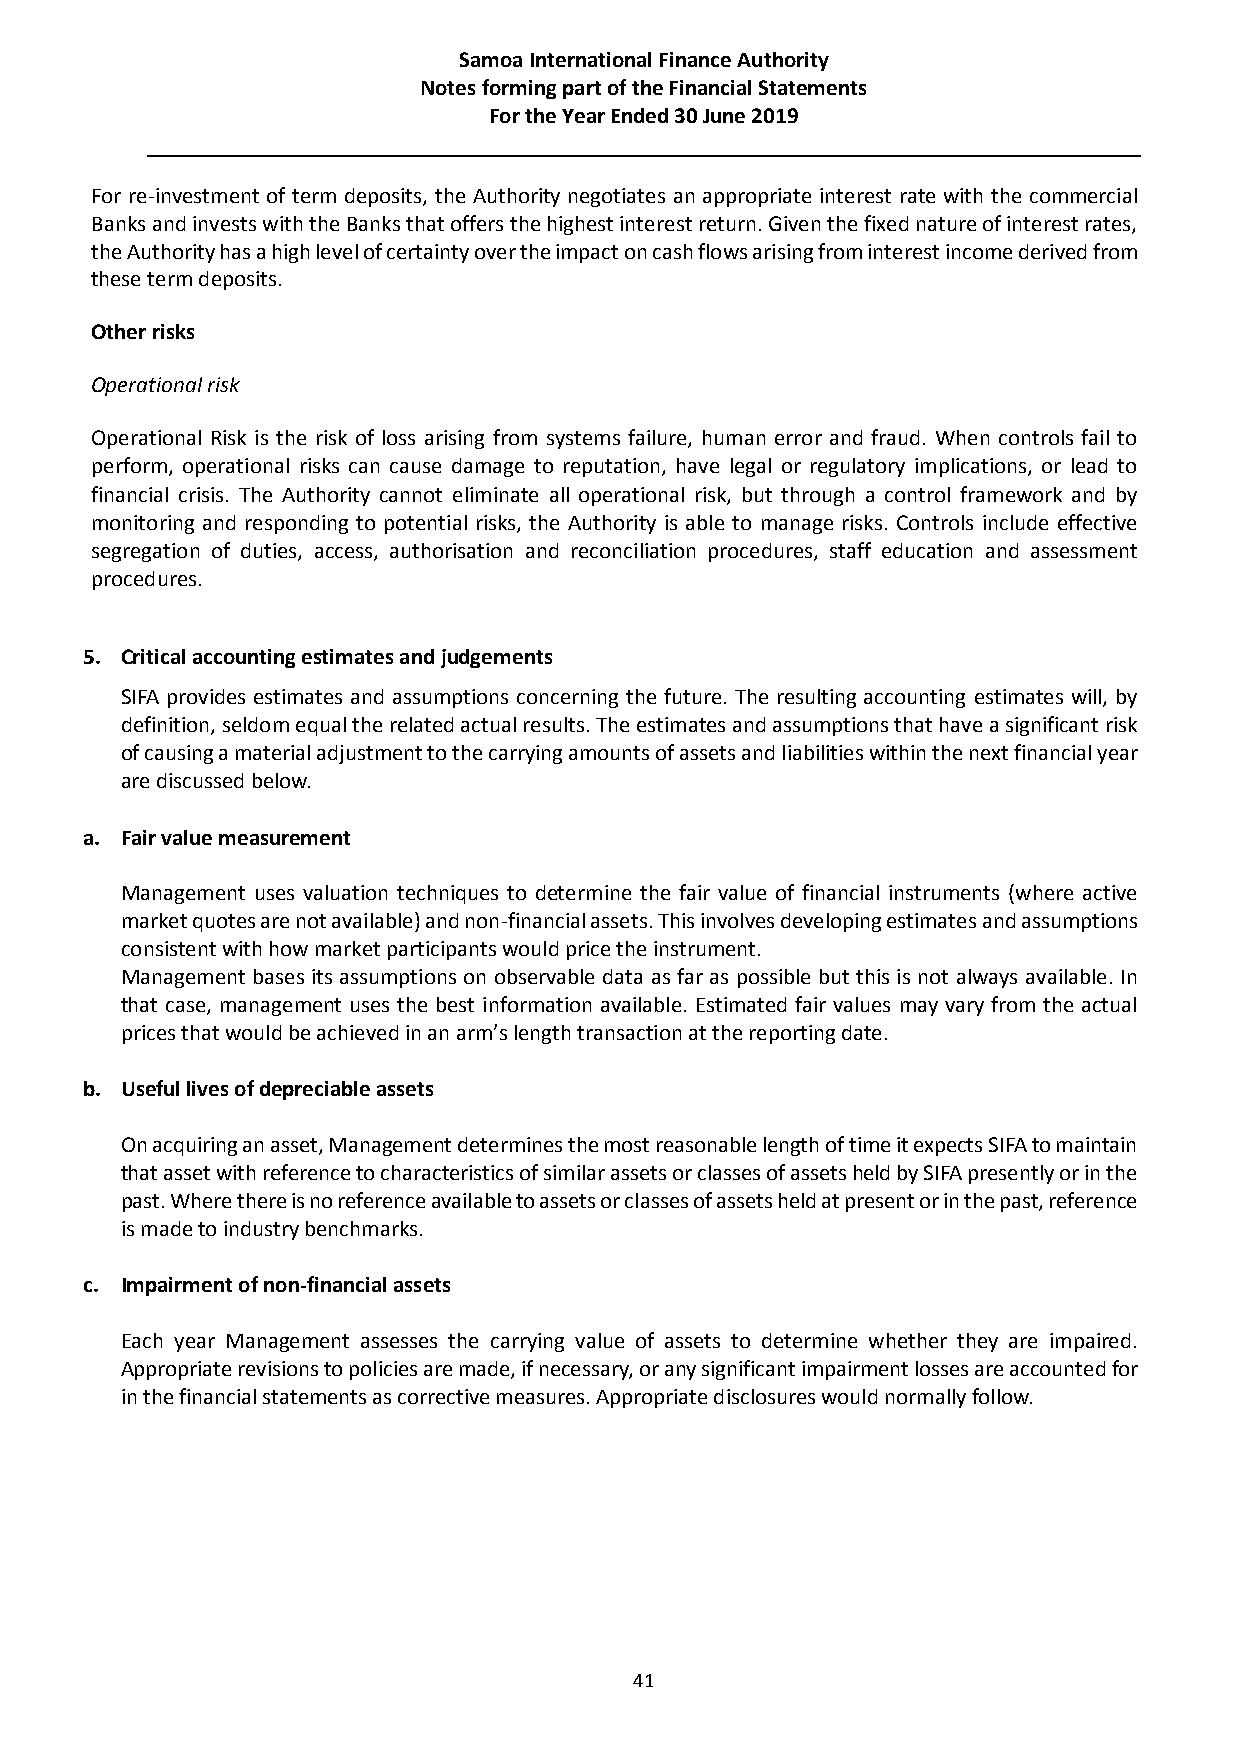
Samoa International Finance Authority
 Notes forming part of the Financial Statements
 For the Year Ended 30 June 2019
 For re-investment of term deposits, the Authority negotiates an appropriate interest rate with the commercial
 Banks and invests with the Banks that offers the highest interest return. Given the fixed nature of interest rates,
 the Authority has a high level of certainty over the impact on cash flows arising from interest income derived from
 these term deposits.
 Other risks
 Operational risk
 Operational Risk is the risk of loss arising from systems failure, human error and fraud. When controls fail to
 perform, operational risks can cause damage to reputation, have legal or regulatory implications, or lead to
 financial crisis. The Authority cannot eliminate all operational risk, but through a control framework and by
 monitoring and responding to potential risks, the Authority is able to manage risks. Controls include effective
 segregation of duties, access, authorisation and reconciliation procedures, staff education and assessment
 procedures.
 5. Critical accounting estimates and judgements
 SIFA provides estimates and assumptions concerning the future. The resulting accounting estimates will, by
 definition, seldom equal the related actual results. The estimates and assumptions that have a significant risk
 of causing a material adjustment to the carrying amounts of assets and liabilities within the next financial year
 are discussed below.
 a. Fair value measurement
 Management uses valuation techniques to determine the fair value of financial instruments (where active
 market quotes are not available) and non-financial assets. This involves developing estimates and assumptions
 consistent with how market participants would price the instrument.
 Management bases its assumptions on observable data as far as possible but this is not always available. In
 that case, management uses the best information available. Estimated fair values may vary from the actual
 prices that would be achieved in an arm’s length transaction at the reporting date.
 b. Useful lives of depreciable assets
 On acquiring an asset, Management determines the most reasonable length of time it expects SIFA to maintain
 that asset with reference to characteristics of similar assets or classes of assets held by SIFA presently or in the
 past. Where there is no reference available to assets or classes of assets held at present or in the past, reference
 is made to industry benchmarks.
 c. Impairment of non-financial assets
 Each year Management assesses the carrying value of assets to determine whether they are impaired.
 Appropriate revisions to policies are made, if necessary, or any significant impairment losses are accounted for
 in the financial statements as corrective measures. Appropriate disclosures would normally follow.
 41